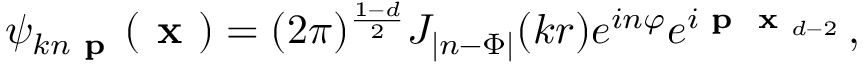
\psi _ { k n \textbf { p } \, } ( \textbf { x } ) = ( 2 \pi ) ^ { \frac { 1 - d } 2 } J _ { | n - \Phi | } ( k r ) e ^ { i n \varphi } e ^ { i \textbf { p } { \textbf { x } } _ { d - 2 } } \, ,